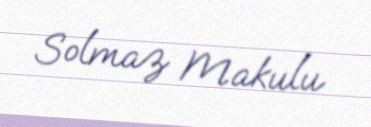
Solmaz Makulu